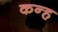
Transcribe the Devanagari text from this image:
कन्ह